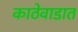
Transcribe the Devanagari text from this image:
काठेवाडात